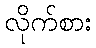
လိုက်စား